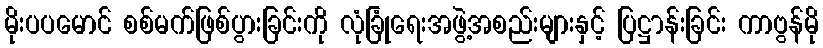
မိုးပပမောင် စစ်မက်ဖြစ်ပွားခြင်းကို လုံခြုံရေးအဖွဲ့အစည်းများနှင့် ပြဋ္ဌာန်းခြင်း ကာဗွန်မို